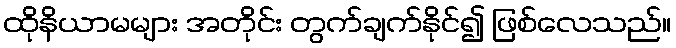
ထိုနိယာမများ အတိုင်း တွက်ချက်နိုင်၍ ဖြစ်လေသည်။